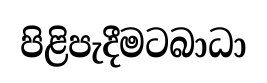
පිළිපැදීමටබාධා